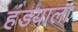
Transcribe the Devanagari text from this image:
हंडयाला